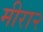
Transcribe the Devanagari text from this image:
मीरा२